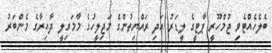
ބެލެހެއްޓެވި ޖުމްހޫރީ ޕާޓީގެ ލީޑަރު އަދި ރައްޔިތުންގެ މަޖިލީހުގެ މާމަގިލީ ދާއިރާގެ މެންބަރު